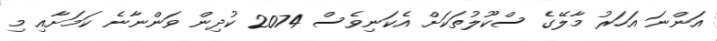
އަންނަ އަހަރު މާލޭގެ ސްކޫލުތަކަށް އެކަނިވެސް 2074 ކުދިން ވަންނާނެ ކަމަށާއި މި